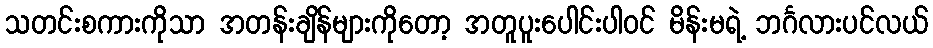
သတင်းစကားကိုသာ အတန်းချိန်များကိုတော့ အတူပူးပေါင်းပါဝင် မိန်းမရဲ့ ဘင်္ဂလားပင်လယ်